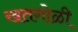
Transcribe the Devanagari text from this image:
खतगोळी